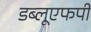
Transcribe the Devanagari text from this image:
डब्लूएफपी